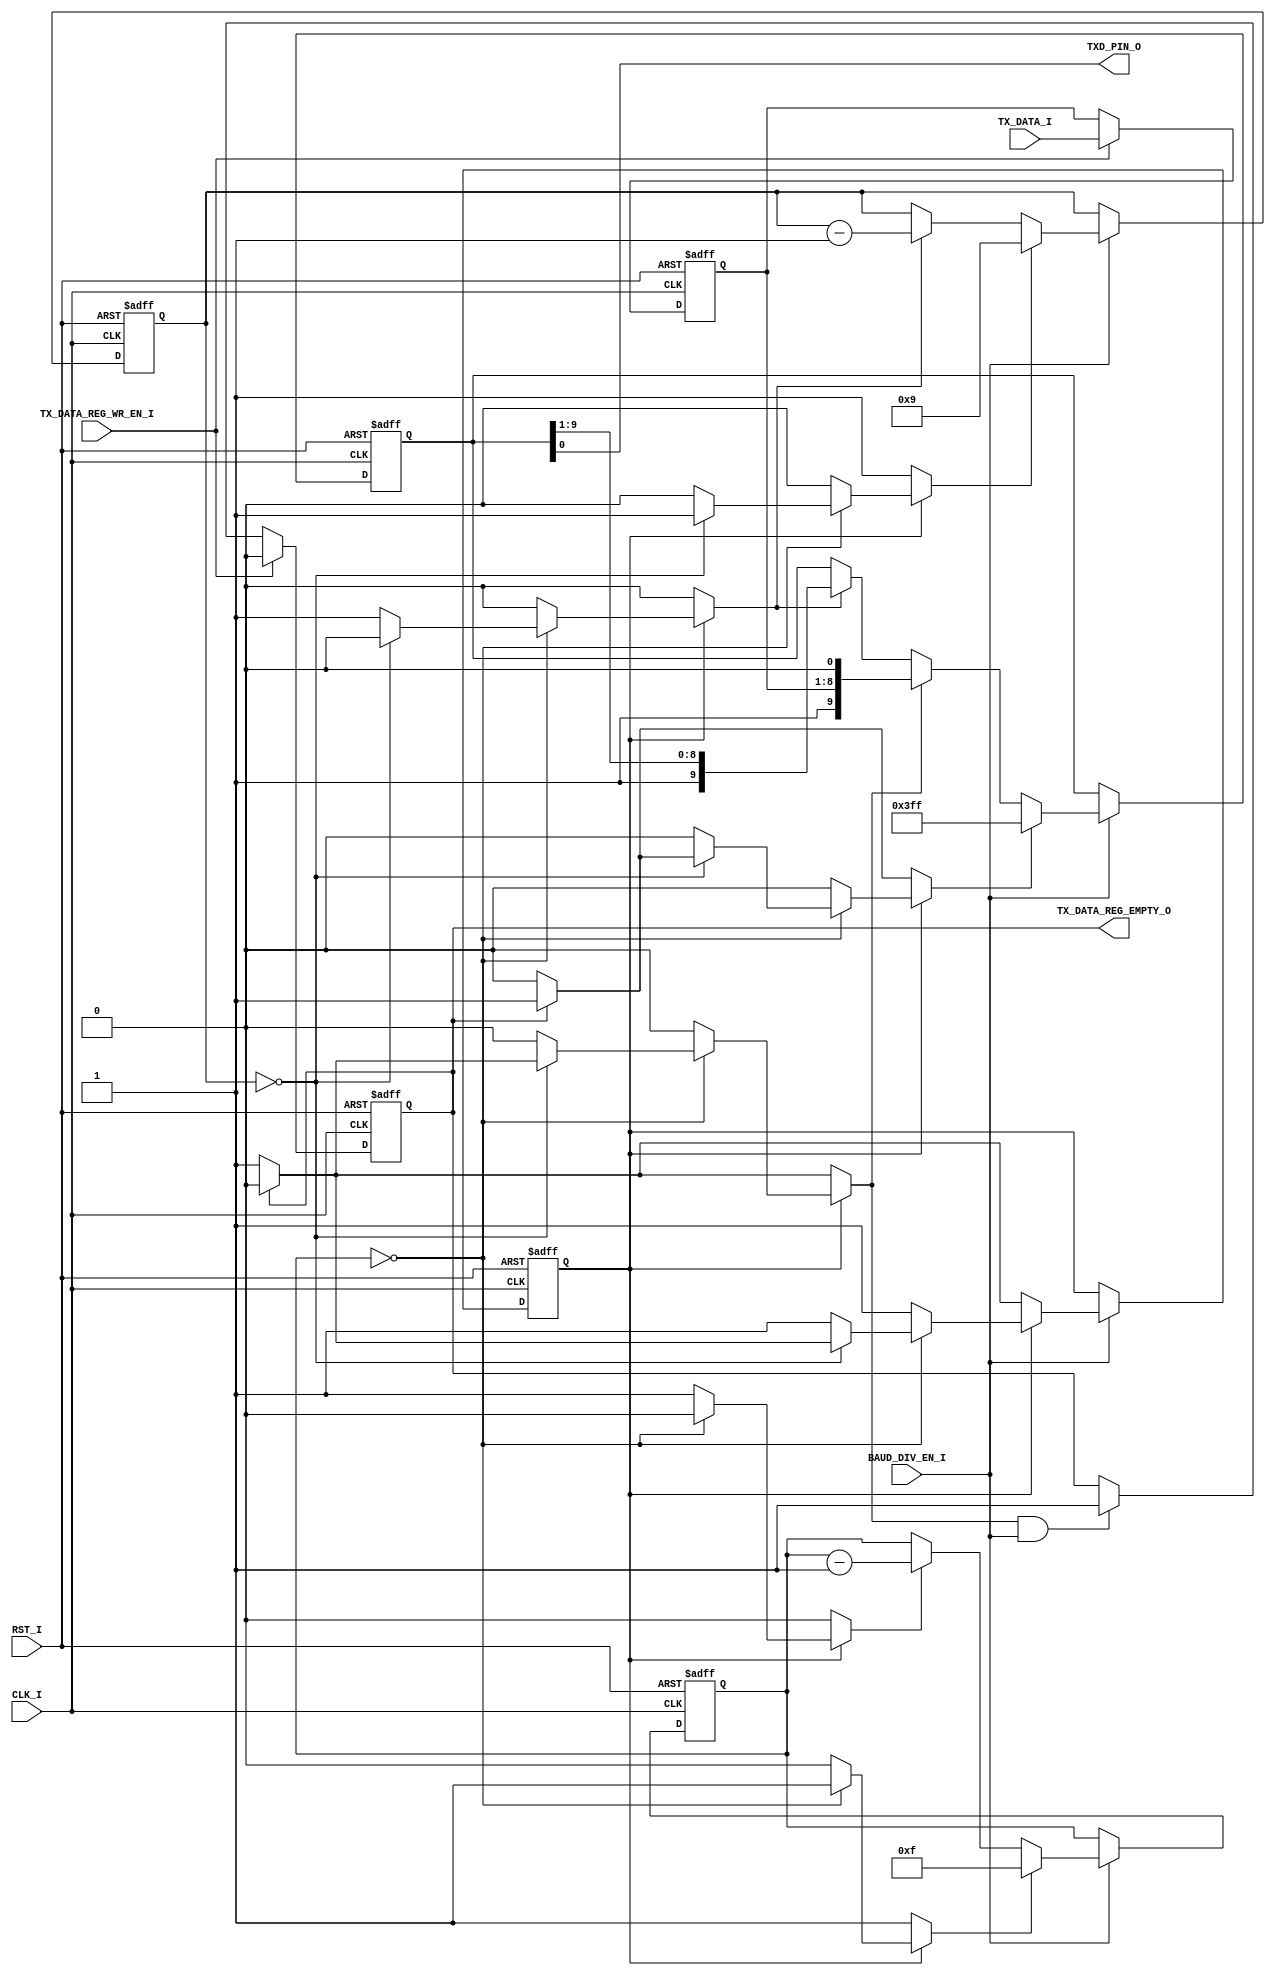
// [TURBO9_HEADER_START]
//////////////////////////////////////////////////////////////////////////////
//                          Turbo9 Microprocessor IP
//////////////////////////////////////////////////////////////////////////////
// Website: www.turbo9.org
// Contact: team[at]turbo9[dot]org
//////////////////////////////////////////////////////////////////////////////
// [TURBO9_LICENSE_START]
// BSD-1-Clause
//
// Copyright (c) 2020-2023
// Kevin Phillipson
// Michael Rywalt
// All rights reserved.
//
// Redistribution and use in source and binary forms, with or without
// modification, are permitted provided that the following conditions are met:
//
// 1. Redistributions of source code must retain the above copyright notice,
//    this list of conditions and the following disclaimer.
//
// THIS SOFTWARE IS PROVIDED BY THE COPYRIGHT HOLDERS AND CONTRIBUTORS "AS IS"
// AND ANY EXPRESS OR IMPLIED WARRANTIES, INCLUDING, BUT NOT LIMITED TO, THE
// IMPLIED WARRANTIES OF MERCHANTABILITY AND FITNESS FOR A PARTICULAR PURPOSE
// ARE DISCLAIMED. IN NO EVENT SHALL THE COPYRIGHT HOLDERS AND CONTRIBUTORS BE
// LIABLE FOR ANY DIRECT, INDIRECT, INCIDENTAL, SPECIAL, EXEMPLARY, OR
// CONSEQUENTIAL DAMAGES (INCLUDING, BUT NOT LIMITED TO, PROCUREMENT OF
// SUBSTITUTE GOODS OR SERVICES; LOSS OF USE, DATA, OR PROFITS; OR BUSINESS
// INTERRUPTION) HOWEVER CAUSED AND ON ANY THEORY OF LIABILITY, WHETHER IN
// CONTRACT, STRICT LIABILITY, OR TORT (INCLUDING NEGLIGENCE OR OTHERWISE)
// ARISING IN ANY WAY OUT OF THE USE OF THIS SOFTWARE, EVEN IF ADVISED OF THE
// POSSIBILITY OF SUCH DAMAGE.
// [TURBO9_LICENSE_END]
//////////////////////////////////////////////////////////////////////////////
// Description: Transmit section of 6551 compatible UART
//
//////////////////////////////////////////////////////////////////////////////
// History:
// 07.14.2023 - Kevin Phillipson
//   File header added
//
//////////////////////////////////////////////////////////////////////////////
// [TURBO9_HEADER_END]

/////////////////////////////////////////////////////////////////////////////
//                                MODULE
/////////////////////////////////////////////////////////////////////////////
module t6551_tx
(
  // Inputs: Clock & Reset
  input         RST_I,
  input         CLK_I,

  // Inputs
  input         BAUD_DIV_EN_I,
  input [ 7:0]  TX_DATA_I,
  input         TX_DATA_REG_WR_EN_I,

  // Outputs
  output        TXD_PIN_O,
  output        TX_DATA_REG_EMPTY_O
);


/////////////////////////////////////////////////////////////////////////////
//                             INTERNAL SIGNALS
/////////////////////////////////////////////////////////////////////////////
reg         clk_cnt_load;
reg         clk_cnt_dec;
wire        clk_cnt_zero;
reg [ 3:0]  clk_cnt_reg;
localparam  clk_cnt_rst = 4'hF;

reg         bit_cnt_load;
reg         bit_cnt_dec;
wire        bit_cnt_zero;
reg [ 3:0]  bit_cnt_reg;
localparam  bit_cnt_rst = 4'h0;

reg         tx_shifter_set;
reg         tx_shifter_load;
reg         tx_shifter_en;
reg [ 9:0]  tx_shifter_reg;
localparam  tx_shifter_rst = 10'h3FF;

reg         tx_data_reg_load;
reg         tx_data_reg_empty_reg;
localparam  tx_data_reg_empty_rst = 1'b1;

reg [ 7:0]  tx_data_reg;
localparam  tx_data_rst = 8'h00;

reg         tx_state_nxt;
reg         tx_state_reg;
localparam  TX_IDLE       = 1'b0;
localparam  TX_SHIFT_OUT  = 1'b1;

/////////////////////////////////////////////////////////////////////////////


/////////////////////////////////////////////////////////////////////////////
//                            NEXT STATE LOGIC
/////////////////////////////////////////////////////////////////////////////
//

assign clk_cnt_zero = (clk_cnt_reg == 4'h0); 
assign bit_cnt_zero = (bit_cnt_reg == 4'h0); 

always @* begin

  // Defaults
  clk_cnt_load      = 1'b0;
  clk_cnt_dec       = 1'b0;
  bit_cnt_load      = 1'b0;
  bit_cnt_dec       = 1'b0;
  tx_shifter_set    = 1'b0;
  tx_shifter_load   = 1'b0;
  tx_shifter_en     = 1'b0;
  tx_data_reg_load  = 1'b0;
  tx_state_nxt      = TX_IDLE;

  case (tx_state_reg)
    //
    TX_IDLE : begin
      clk_cnt_load  = 1'b1;
      bit_cnt_load  = 1'b1;
      if (tx_data_reg_empty_reg == 1'b0) begin
        tx_shifter_load  = 1'b1;
        tx_state_nxt     = TX_SHIFT_OUT;
      end else begin    
        tx_shifter_set   = 1'b1;
        tx_state_nxt     = TX_IDLE;
      end
    end
    //
    default : begin // TX_SHIFT_OUT
      if (clk_cnt_zero) begin
        clk_cnt_load  = 1'b1;
        if (bit_cnt_zero) begin
          bit_cnt_load  = 1'b1;
          if (tx_data_reg_empty_reg == 1'b0) begin
            tx_shifter_load  = 1'b1;
            tx_state_nxt     = TX_SHIFT_OUT;
          end else begin    
            tx_shifter_set   = 1'b1;
            tx_state_nxt     = TX_IDLE;
          end
        end else begin
          tx_shifter_en = 1'b1;
          bit_cnt_dec   = 1'b1;
          tx_state_nxt  = TX_SHIFT_OUT;
        end
      end else begin
        clk_cnt_dec   = 1'b1;
        tx_state_nxt  = TX_SHIFT_OUT;
      end
    end
    //
  endcase
end
//
/////////////////////////////////////////////////////////////////////////////



/////////////////////////////////////////////////////////////////////////////
//                           REGISTERS
/////////////////////////////////////////////////////////////////////////////
//
always @(posedge CLK_I, posedge RST_I) begin
  if (RST_I) begin
    clk_cnt_reg           <= clk_cnt_rst;
    bit_cnt_reg           <= bit_cnt_rst;
    tx_shifter_reg        <= tx_shifter_rst;
    tx_data_reg_empty_reg <= tx_data_reg_empty_rst;
    tx_data_reg           <= tx_data_rst;
    tx_state_reg          <= TX_IDLE;
  end else begin
    
    if (BAUD_DIV_EN_I) begin
      //
      // State Register
      tx_state_reg <= tx_state_nxt;
      //
      // Clock Per Bit Counter
      if (clk_cnt_load) begin
        clk_cnt_reg <= clk_cnt_rst;
      end else if (clk_cnt_dec) begin
        clk_cnt_reg <= clk_cnt_reg - 4'd1;
      end
      //
      // Bit Counter
      if (bit_cnt_load) begin
        bit_cnt_reg <= 4'd9;
      end else if (bit_cnt_dec) begin
        bit_cnt_reg <= bit_cnt_reg - 3'd1;
      end
      //
      // Receive Shift Register
      if (tx_shifter_set) begin
        tx_shifter_reg <= tx_shifter_rst;
      end else if (tx_shifter_load) begin
        tx_shifter_reg <= {1'b1, tx_data_reg, 1'b0};
      end else if (tx_shifter_en) begin
        tx_shifter_reg <= {1'b1, tx_shifter_reg[9:1]};
      end
    end
    
    // Transmit Data Register
    if (TX_DATA_REG_WR_EN_I) begin
      tx_data_reg           <= TX_DATA_I;
    end
    if (TX_DATA_REG_WR_EN_I) begin
      tx_data_reg_empty_reg <= 1'b0;
    end else if (tx_shifter_load && BAUD_DIV_EN_I) begin
      tx_data_reg_empty_reg <= 1'b1;
    end
    
  end
end
//
/////////////////////////////////////////////////////////////////////////////


/////////////////////////////////////////////////////////////////////////////
//                             ASSIGN OUTPUTS
/////////////////////////////////////////////////////////////////////////////
//
assign TXD_PIN_O            = tx_shifter_reg[0];
assign TX_DATA_REG_EMPTY_O  = tx_data_reg_empty_reg;
//
/////////////////////////////////////////////////////////////////////////////

endmodule